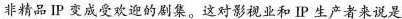
非精品IP 变成受欢迎的剧集。这对影视业和IP生产者来说是